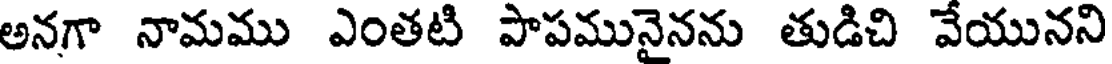
అనగా నామము ఎంతటి పాపమునైనను తుడిచి వేయునని